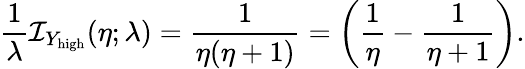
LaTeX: \frac{1}{\lambda}\mathcal{I}_{{Y_{\mathrm{high}}}}(\eta;\lambda)=\frac{1}{\eta(\eta+1)}=\left(\frac{1}{\eta}-\frac{1}{\eta+1}\right).